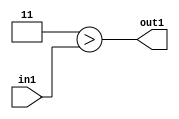
`timescale 1ps / 1ps
/*****************************************************************************
    Verilog RTL Description
    
    
    Created by: Stratus DpOpt 2019.1.01 
*******************************************************************************/

module SobelFilter_Lti3u2_4 (
	in1,
	out1
	); /* architecture "behavioural" */ 
input [1:0] in1;
output  out1;
wire  asc001;

assign asc001 = (7'B0000011>in1);

assign out1 = asc001;
endmodule

/* CADENCE  urbzTAE= : u9/ySgnWtBlWxVPRXgAZ4Og= ** DO NOT EDIT THIS LINE ******/